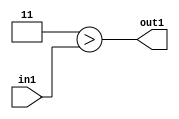
`timescale 1ps / 1ps
/*****************************************************************************
    Verilog RTL Description
    
    
    Created by: Stratus DpOpt 2019.1.01 
*******************************************************************************/

module SobelFilter_Lti3u2_4 (
	in1,
	out1
	); /* architecture "behavioural" */ 
input [1:0] in1;
output  out1;
wire  asc001;

assign asc001 = (7'B0000011>in1);

assign out1 = asc001;
endmodule

/* CADENCE  urbzTAE= : u9/ySgnWtBlWxVPRXgAZ4Og= ** DO NOT EDIT THIS LINE ******/